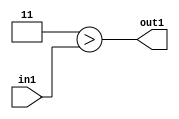
`timescale 1ps / 1ps
/*****************************************************************************
    Verilog RTL Description
    
    
    Created by: Stratus DpOpt 2019.1.01 
*******************************************************************************/

module SobelFilter_Lti3u2_4 (
	in1,
	out1
	); /* architecture "behavioural" */ 
input [1:0] in1;
output  out1;
wire  asc001;

assign asc001 = (7'B0000011>in1);

assign out1 = asc001;
endmodule

/* CADENCE  urbzTAE= : u9/ySgnWtBlWxVPRXgAZ4Og= ** DO NOT EDIT THIS LINE ******/